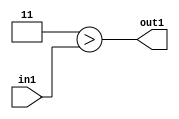
`timescale 1ps / 1ps
/*****************************************************************************
    Verilog RTL Description
    
    
    Created by: Stratus DpOpt 2019.1.01 
*******************************************************************************/

module SobelFilter_Lti3u2_4 (
	in1,
	out1
	); /* architecture "behavioural" */ 
input [1:0] in1;
output  out1;
wire  asc001;

assign asc001 = (7'B0000011>in1);

assign out1 = asc001;
endmodule

/* CADENCE  urbzTAE= : u9/ySgnWtBlWxVPRXgAZ4Og= ** DO NOT EDIT THIS LINE ******/